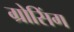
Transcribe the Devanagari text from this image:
ग्रोसिंग